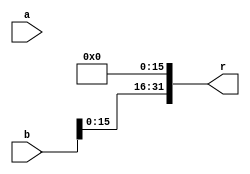
`timescale 1ns / 1ns
module LUI(
    input [31:0] a,
    input [31:0] b,
    output [31:0] r
    );
    assign r={b[15:0],16'b0};
endmodule